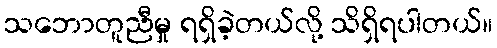
သဘောတူညီမှု ရရှိခဲ့တယ်လို့ သိရှိရပါတယ်။